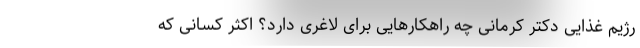
رژیم غذایی دکتر کرمانی چه راهکارهایی برای لاغری دارد؟ اکثر کسانی که